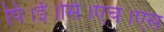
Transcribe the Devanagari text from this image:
पि।ई।सि।एच।एस